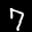
Label: 7